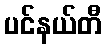
ပင်နယ်တီ